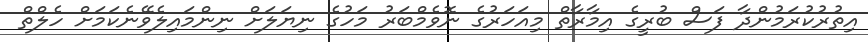
އިތުރުކުރަމުންދާ ފަސް ބުރީގެ އިމާރާތް މިއަހަރުގެ ނޮވެމްބަރު މަހުގެ ނިޔަލަށް ނިންމައިލެވޭނެކަމަށް ހެލްތް